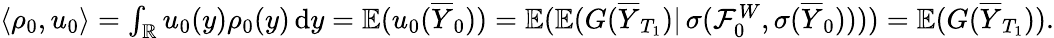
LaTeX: \begin{array}{r}{\langle\rho_{0},u_{0}\rangle=\int_{\mathbb{R}}u_{0}(y)\rho_{0}(y)\, \mathrm{d}y=\mathbb{E}(u_{0}(\overline{{Y}}_{0}))=\mathbb{E}(\mathbb{E}(G(\overline{{Y}}_{T_{1}})|\, \sigma(\mathcal{F}_{0}^{W},\sigma(\overline{{Y}}_{0}))))=\mathbb{E}(G(\overline{{Y}}_{T_{1}})).}\end{array}